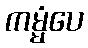
ကမ္မံပေ